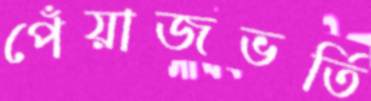
পেঁয়াজভর্তি